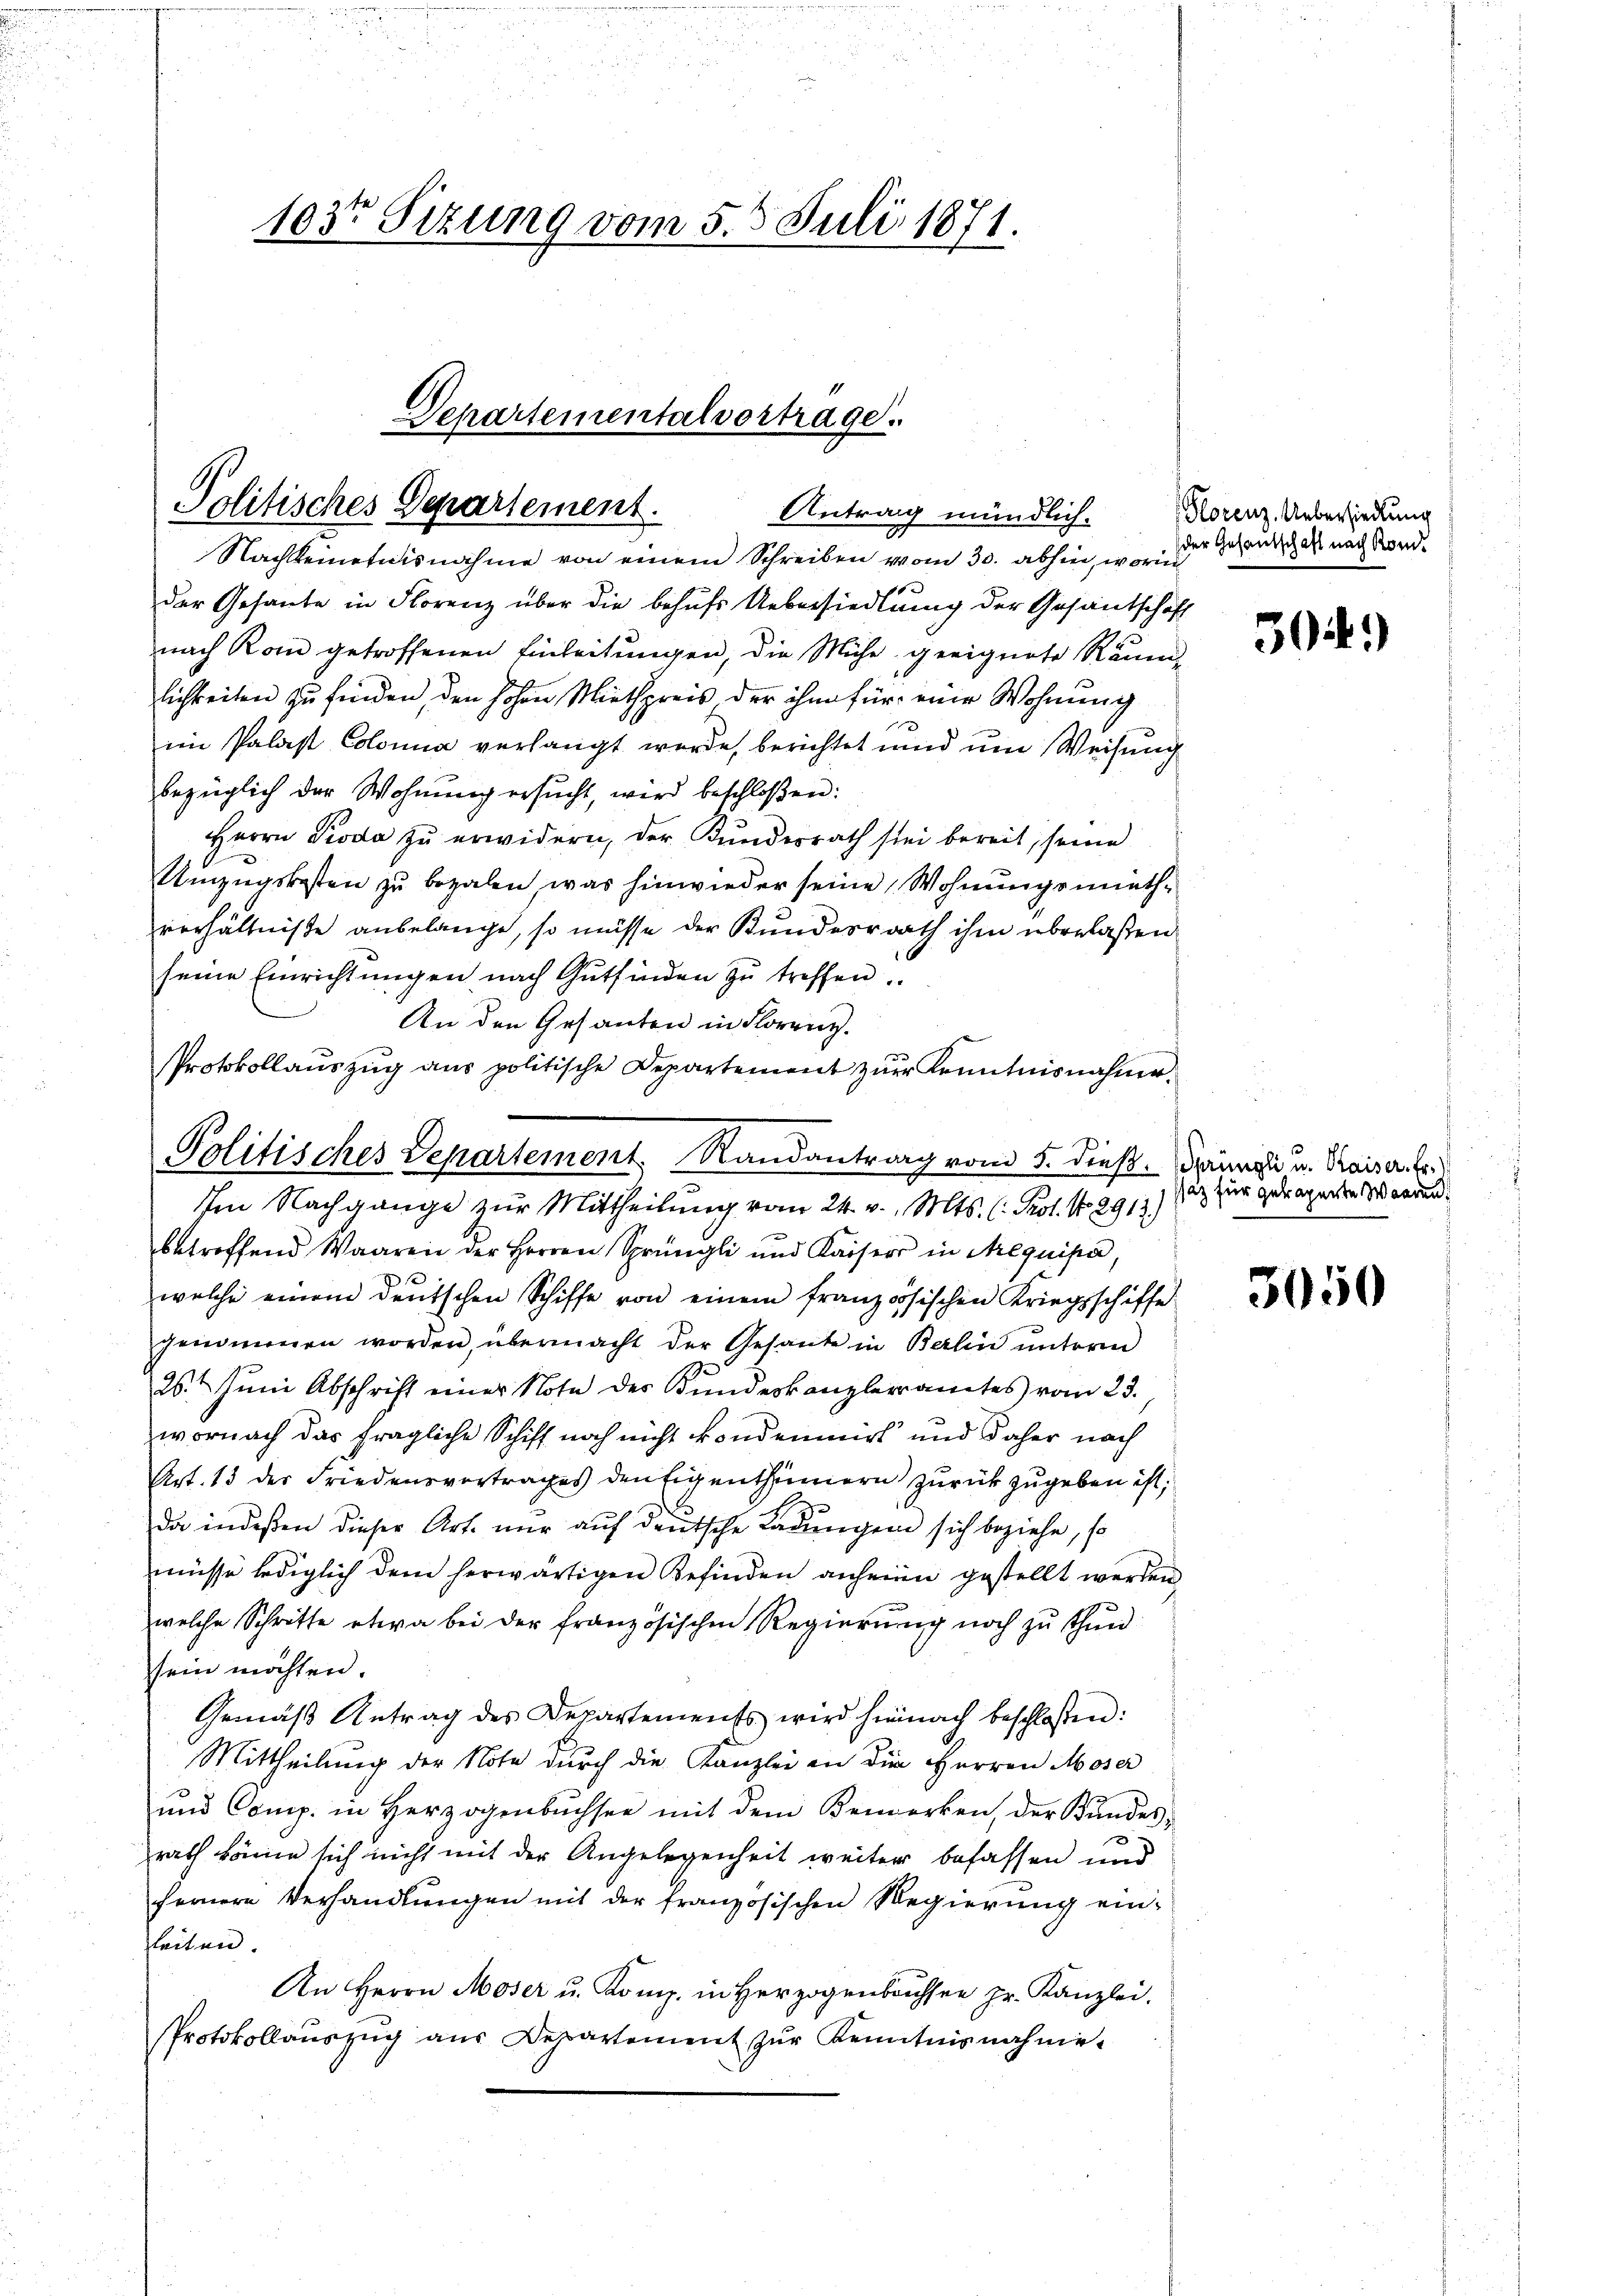
103r Sitzung vom 5. 5. Juli 1871.

Politisches Departement.
Antrag mündlich.

Departementalvortrage.

Protokollauszug aus politische Departement zur Kenntnisnahme.
Politisches Departement. Randantrag vom 5. dieß. Dingli u. Mais a. be

Nachleinetnisnahme von einem Schreiben vom 30. abhin, worin
der Gesante in Florenz über die behufs Uebersiedlung der Gesandschaft
nach Rom getroffenen Einleitungen, die Miche geeignete Räumlichkeiten zu finden, den hohen Miethpreis der ihm für eine Wohnung
im Palast Colonia verlangt werde, berichtet und um Weisung
bezüglich der Wohnŭng ersŭcht, wird beschloßen:
Herrn Pioda zu erwidern, der Kundesrath sei bereit, seine
Umzugskosten zu bezalen, was hinwieder seine Wohnungsmathverhältniße anbelange, so müsse der Kundesrath ihm überlaßen
seine Einrichtŭngen nach Gutfinden zŭ treffen.
An den Gesanten in Florenz.
Im Nachgange zur Mittheilung vom 24. v. Mts. (: Prof. No. 2913.)
betreffend Waaren der Herren Sprüngli und Kaisers in Aequipa,
welche einem deŭtschen Schiffe von einem französischen Kriegsschiffe
genommen worden, übermacht der Gesante in Berlin unterm
26.t Juni Abschrift einer Note des Bundeskanzleramtes vom 23.
wornach das fragliche Schiff noch nicht kondenmirt und daher nach
Art. 13 der Friedensvertrages den Eigenthümern zurückzugeben ist,
da indeßen dieser Art. nur auf deutsche Ladungen sich beziehe, so
müsse lediglich dem herwärtigen Befinden anheine gestellt werden
welche Schritte etwa bei der französischen Regierung noch zu thun
sein möchten.
Gemäß Antrag des Departements wird hiernach beschloßen:
Mittheilung der Note durch die Kanzlei an die Herren Moser
d
und Comp. in Herzogenbuchsee mit dem Verwerken, der Bundes-
.
rath könne sich nicht mit der Angelegenheit weiter befassen und
fernere Verhandlungen mit der französischen Regierung ein-
leiten.
An Herrn Moser u. Komp. in Herzogenbachser Hr. Kanzlei.
Protokollaŭszŭg aŭs Departement zŭr Kenntnisnahme-

Florenz. Uebersiedlung
der Gesautschaft nach Kond.

30.)

saz für getragente Waaren.

3050